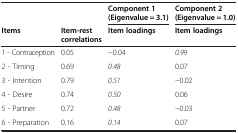
|  |  | Component 1 (Eigenvalue = 3.1) | Component 2 (Eigenvalue = 1.0) |
 | Items | Item-rest correlations | Item loadings | Item loadings |
 | --- | --- | --- | --- |
 | 1 - Contraception | 0.05 | -0.04 | 0.99 |
 | 2 - Timing | 0.69 | 0.48 | 0.07 |
 | 3 - Intention | 0.79 | 0.51 | -0.02 |
 | 4 - Desire | 0.74 | 0.50 | 0.06 |
 | 5 - Partner | 0.72 | 0.48 | -0.03 |
 | 6 - Preparation | 0.16 | 0.14 | 0.07 |